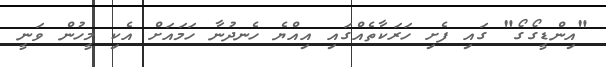
"އިންޑީގޯގޯ" ގައި ފެށި ހަރަކާތެއްގައި އިއްޔެ ހެނދުނާ ހަމައަށް އެކި މީހުން ވަނީ